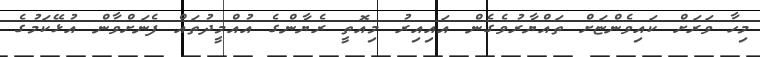
މިހާ ވަރަށް ކައިވެންޏަށް ތައްޔާރުވެގެން އައިއިރު މިއޮތީ ރެޔާންގެ އުއްމީދުތައް ފެނަށްވާން އުޅޭކަމުގެ